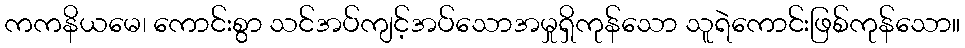
ကကနိယမေ၊ ကောင်းစွာ သင်အပ်ကျင့်အပ်သောအမှုရှိကုန်သော သူရဲကောင်းဖြစ်ကုန်သော။